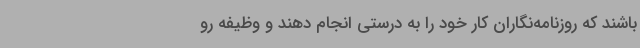
باشند که روزنامه‌نگاران کار خود را به درستی انجام دهند و وظیفه رو